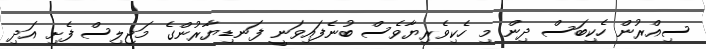
ސިއްރުން ހެކިބަސް ދިން މި ހެކިވެރިޔާވެސް ބުނެފައިވަނީ ފަނޑިޔާރުންގެ މަޖިލިސް ފެށި އަދި